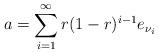
LaTeX: \begin{align*}a=\sum_{i=1}^\infty r(1-r)^{i-1}e_{\nu_i}\end{align*}